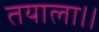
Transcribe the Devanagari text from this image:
तयाला।।